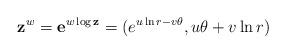
LaTeX: \begin{align*} \mathbf{z}^w=\mathbf{e}^{w\log \mathbf{z}}=(e^{u\ln r-v\theta }, u\theta +v\ln r) \end{align*}